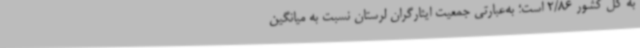
به کل کشور 2/86 است؛ به‌عبارتی جمعیت ایثارگران لرستان نسبت به میانگین